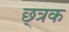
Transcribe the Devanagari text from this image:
छ्त्रक